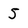
Character: 5